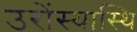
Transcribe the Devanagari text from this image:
उरोंस्यास्थि